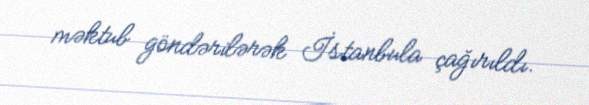
məktub göndərilərək İstanbula çağırıldı.